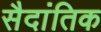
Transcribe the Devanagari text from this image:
सैदांतिक